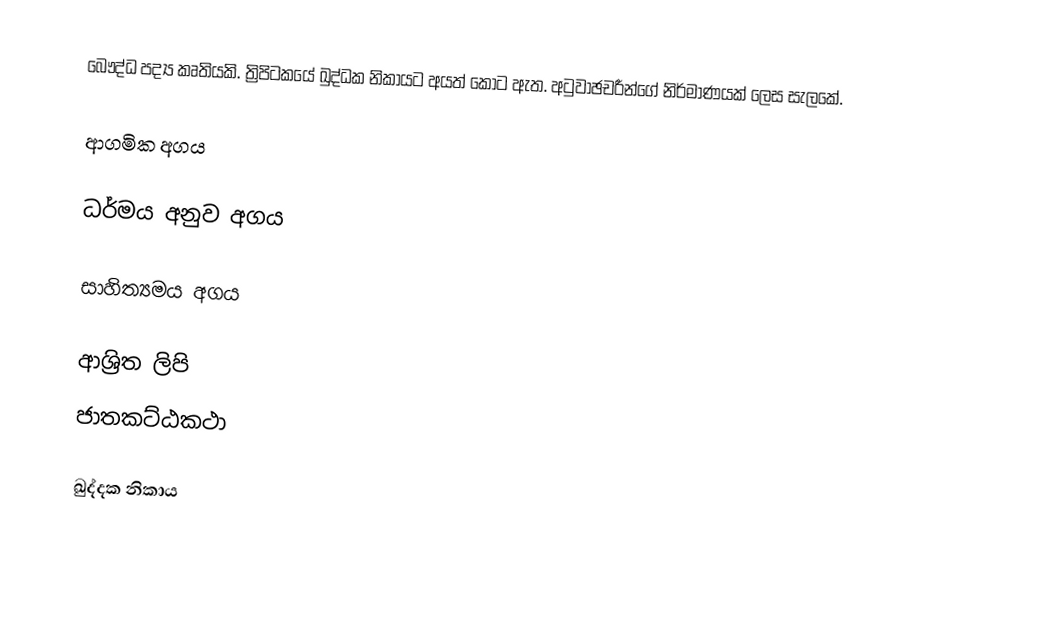
බෞද්ධ පද්‍ය කෘතියකි. ත්‍රිපිටකයේ ඛුද්ධක නිකායට අයත් කොට ඇත. අටුවාඡචරීන්ගේ නිර්මාණයක් ලෙස සැලකේ.

ආගමික අගය

ධර්මය අනුව අගය

සාහිත්‍යමය අගය

ආශ්‍රිත ලිපි
 ජාතකට්ඨකථා

ඛුද්දක නිකාය